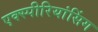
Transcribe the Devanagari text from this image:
एक्स्पीरियांसिंग